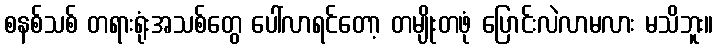
စနစ်သစ် တရားရုံးအသစ်တွေ ပေါ်လာရင်တော့ တမျိုးတဖုံ ပြောင်းလဲလာမလား မသိဘူး။